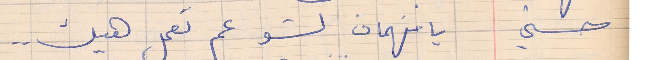
حسني     يا فهمان لشو عم تعمل هيك . .